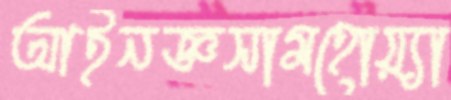
আইনজ্ঞসামহোয়্যা